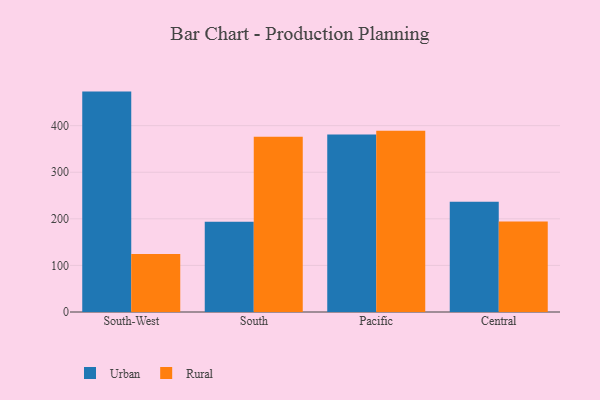
{"axis": {"x": "Region", "y": "Waste Production (Tons)"}, "legend": ["Rural", "Urban"], "data": [{"x": "South-West", "y": 473.1, "type": "Urban"}, {"x": "South-West", "y": 124.4, "type": "Rural"}, {"x": "South", "y": 193.7, "type": "Urban"}, {"x": "South", "y": 376.2, "type": "Rural"}, {"x": "Pacific", "y": 380.8, "type": "Urban"}, {"x": "Pacific", "y": 389.1, "type": "Rural"}, {"x": "Central", "y": 236.6, "type": "Urban"}, {"x": "Central", "y": 194.1, "type": "Rural"}]}